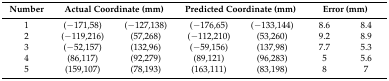
<table><thead><tr><td><b>Number</b></td><td colspan="2"><b>Actual Coordinate (mm)</b></td><td colspan="2"><b>Predicted Coordinate (mm)</b></td><td colspan="2"><b>Error (mm)</b></td></tr></thead><tbody><tr><td>1</td><td>(−171,58)</td><td>(−127,138)</td><td>(−176,65)</td><td>(−133,144)</td><td>8.6</td><td>8.4</td></tr><tr><td>2</td><td>(−119,216)</td><td>(57,268)</td><td>(−112,210)</td><td>(53,260)</td><td>9.2</td><td>8.9</td></tr><tr><td>3</td><td>(−52,157)</td><td>(132,96)</td><td>(−59,156)</td><td>(137,98)</td><td>7.7</td><td>5.3</td></tr><tr><td>4</td><td>(86,117)</td><td>(92,279)</td><td>(89,121)</td><td>(96,283)</td><td>5</td><td>5.6</td></tr><tr><td>5</td><td>(159,107)</td><td>(78,193)</td><td>(163,111)</td><td>(83,198)</td><td>8</td><td>7</td></tr></tbody></table>